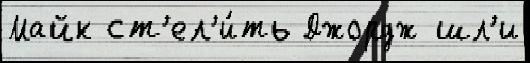
Майк ст'ел'и́ть Джордж шл'и